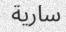
سارية